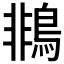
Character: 𪂞